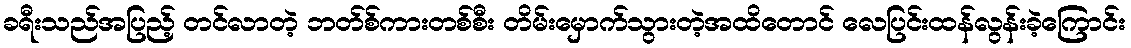
ခရီးသည်အပြည့် တင်လာတဲ့ ဘတ်စ်ကားတစ်စီး တိမ်းမှောက်သွားတဲ့အထိတောင် လေပြင်းထန်လွန်းခဲ့ကြောင်း